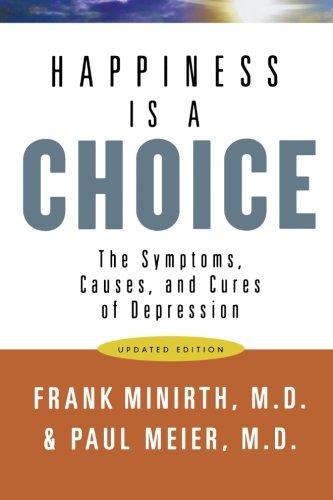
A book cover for Happiness Is a Choice: The Symptoms, Causes, and Cures of Depression; Frank M.D. Minirth; Health, Fitness & Dieting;